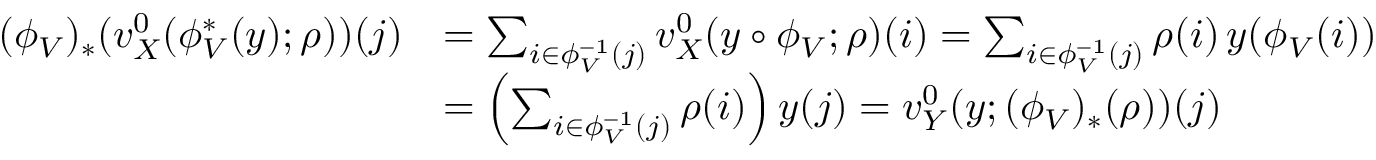
\begin{array} { r l } { ( \phi _ { V } ) _ { * } ( v _ { X } ^ { 0 } ( \phi _ { V } ^ { * } ( y ) ; \rho ) ) ( j ) } & { = \sum _ { i \in \phi _ { V } ^ { - 1 } ( j ) } v _ { X } ^ { 0 } ( y \circ \phi _ { V } ; \rho ) ( i ) = \sum _ { i \in \phi _ { V } ^ { - 1 } ( j ) } \rho ( i ) \, y ( \phi _ { V } ( i ) ) } \\ & { = \left( \sum _ { i \in \phi _ { V } ^ { - 1 } ( j ) } \rho ( i ) \right) y ( j ) = v _ { Y } ^ { 0 } ( y ; ( \phi _ { V } ) _ { * } ( \rho ) ) ( j ) } \end{array}